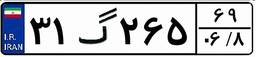
۳۱گ۲۶۵۶۹